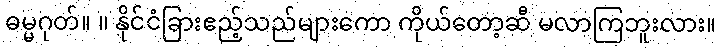
ဓမ္မဂုတ်။ ။ နိုင်ငံခြားဧည့်သည်များကော ကိုယ်တော့ဆီ မလာကြဘူးလား။